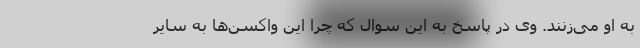
به او می‌زنند. وی در پاسخ به این سوال که چرا این واکسن‌ها به سایر